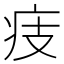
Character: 㽻